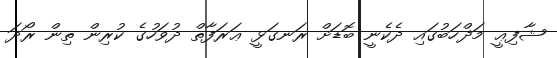
ޝާފިޢީ މަޛްހަބުގައި ދެކެނީ ބޮޑަށް ރަނގަޅީ ޢަރަފާތް ދުވަހުގެ ކުރިން ތިން ރޯދަ